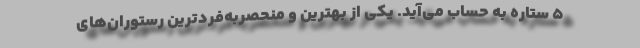
5 ستاره به حساب می‌آید. یکی از بهترین و منحصربه‌فردترین رستوران‌های